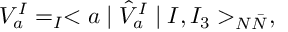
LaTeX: V _ { a } ^ { I } = _ { I } < a \mid \hat { V } _ { a } ^ { I } \mid I , I _ { 3 } > _ { N \bar { N } } ,